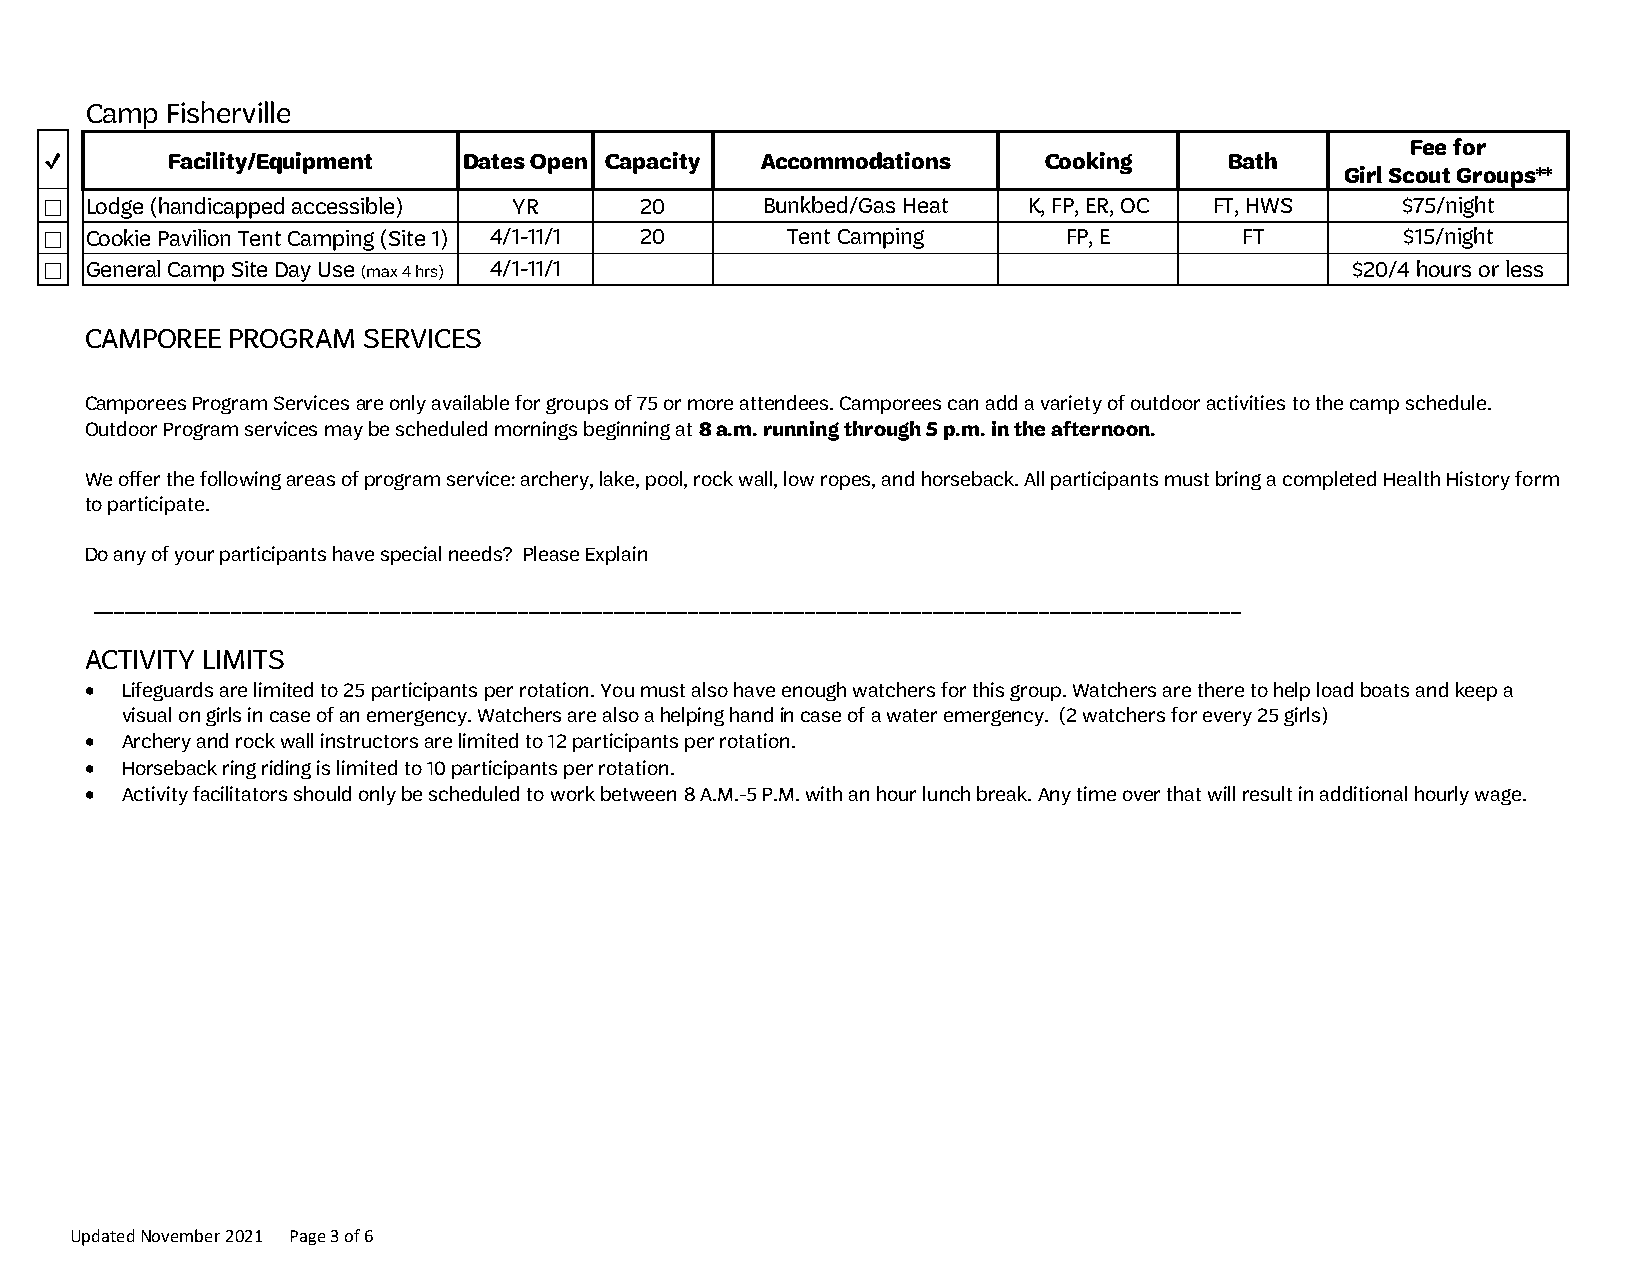
Camp Fisherville
 Fee for
 ✓       Facility/Equipment  Dates Open Capacity Accommodations    Cooking     Bath
 Girl Scout Groups**
 Lodge (handicapped accessible) YR   20      Bunkbed/Gas Heat  K, FP, ER, OC FT, HWS    $75/night
 ☐
 Cookie Pavilion Tent Camping (Site 1) 4/1-11/1 20 Tent Camping   FP, E      FT         $15/night
 ☐
 General Camp Site Day Use (max 4 hrs) 4/1-11/1                                     $20/4 hours or less
 ☐
 CAMPOREE PROGRAM  SERVICES
 Camporees Program Services are only available for groups of 75 or more attendees. Camporees can add a variety of outdoor activities to the camp schedule.
 Outdoor Program services may be scheduled mornings beginning at 8 a.m. running through 5 p.m. in the afternoon.
 We offer the following areas of program service: archery, lake, pool, rock wall, low ropes, and horseback. All participants must bring a completed Health History form
 to participate.
 Do any of your participants have special needs? Please Explain
 ____________________________________________________________________________________________________________
 ACTIVITY LIMITS
 • Lifeguards are limited to 25 participants per rotation. You must also have enough watchers for this group. Watchers are there to help load boats and keep a
 visual on girls in case of an emergency. Watchers are also a helping hand in case of a water emergency. (2 watchers for every 25 girls)
 • Archery and rock wall instructors are limited to 12 participants per rotation.
 • Horseback ring riding is limited to 10 participants per rotation.
 • Activity facilitators should only be scheduled to work between 8 A.M.-5 P.M. with an hour lunch break. Any time over that will result in additional hourly wage.
 Updated November 2021 Page 3 of 6